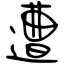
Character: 遭